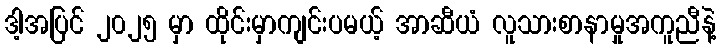
ဒါ့အပြင် ၂၀၂၅ မှာ ထိုင်းမှာကျင်းပမယ့် အာဆီယံ လူသားစာနာမှုအကူညီနဲ့